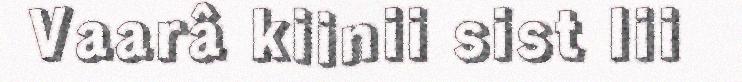
Vaarâ kiinii sist lii